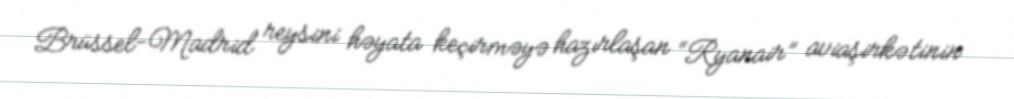
Brüssel-Madrid reysini həyata keçirməyə hazırlaşan “Ryanair” aviaşirkətinin